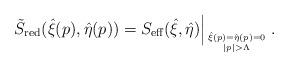
LaTeX: \begin{align*}\left.\tilde{S}_{\mbox{\scriptsize red}}(\hat{\xi}(p),\hat{\eta}(p)) =S_{\mbox{\scriptsize eff}}(\hat{\xi},\hat{\eta})\right|_{\hat{\xi}(p)=\hat{\eta}(p)=0 \atop{|p|>\Lambda}}.\end{align*}